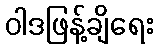
ဝါဒဖြန့်ချိရေး